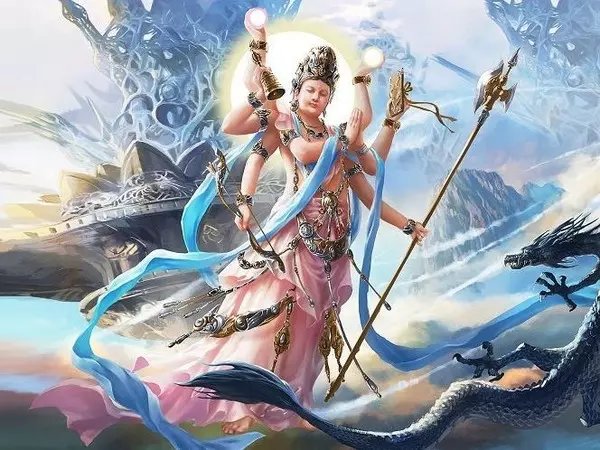
仓无备粟，不可以待凶饥。